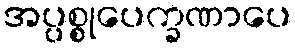
အပ္ပစ္စုပေက္ခဏာပေ